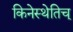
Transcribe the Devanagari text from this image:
किनेस्थेतिच्